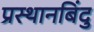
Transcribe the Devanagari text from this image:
प्रस्थानबिंदु